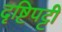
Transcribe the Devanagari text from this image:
दृष्टिपट्टी